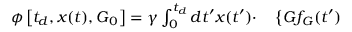
\begin{array} { r l } { \phi \left[ t _ { d } , \boldsymbol { x } ( t ) , \boldsymbol { G } _ { 0 } \right] = \gamma \int _ { 0 } ^ { t _ { d } } d t ^ { \prime } \boldsymbol { x } ( t ^ { \prime } ) \cdot } & { { } \left\{ \boldsymbol { G } f _ { G } ( t ^ { \prime } ) \right. } \end{array}